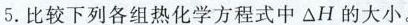
5.比较下列各组热化学方程式中△H的大小。